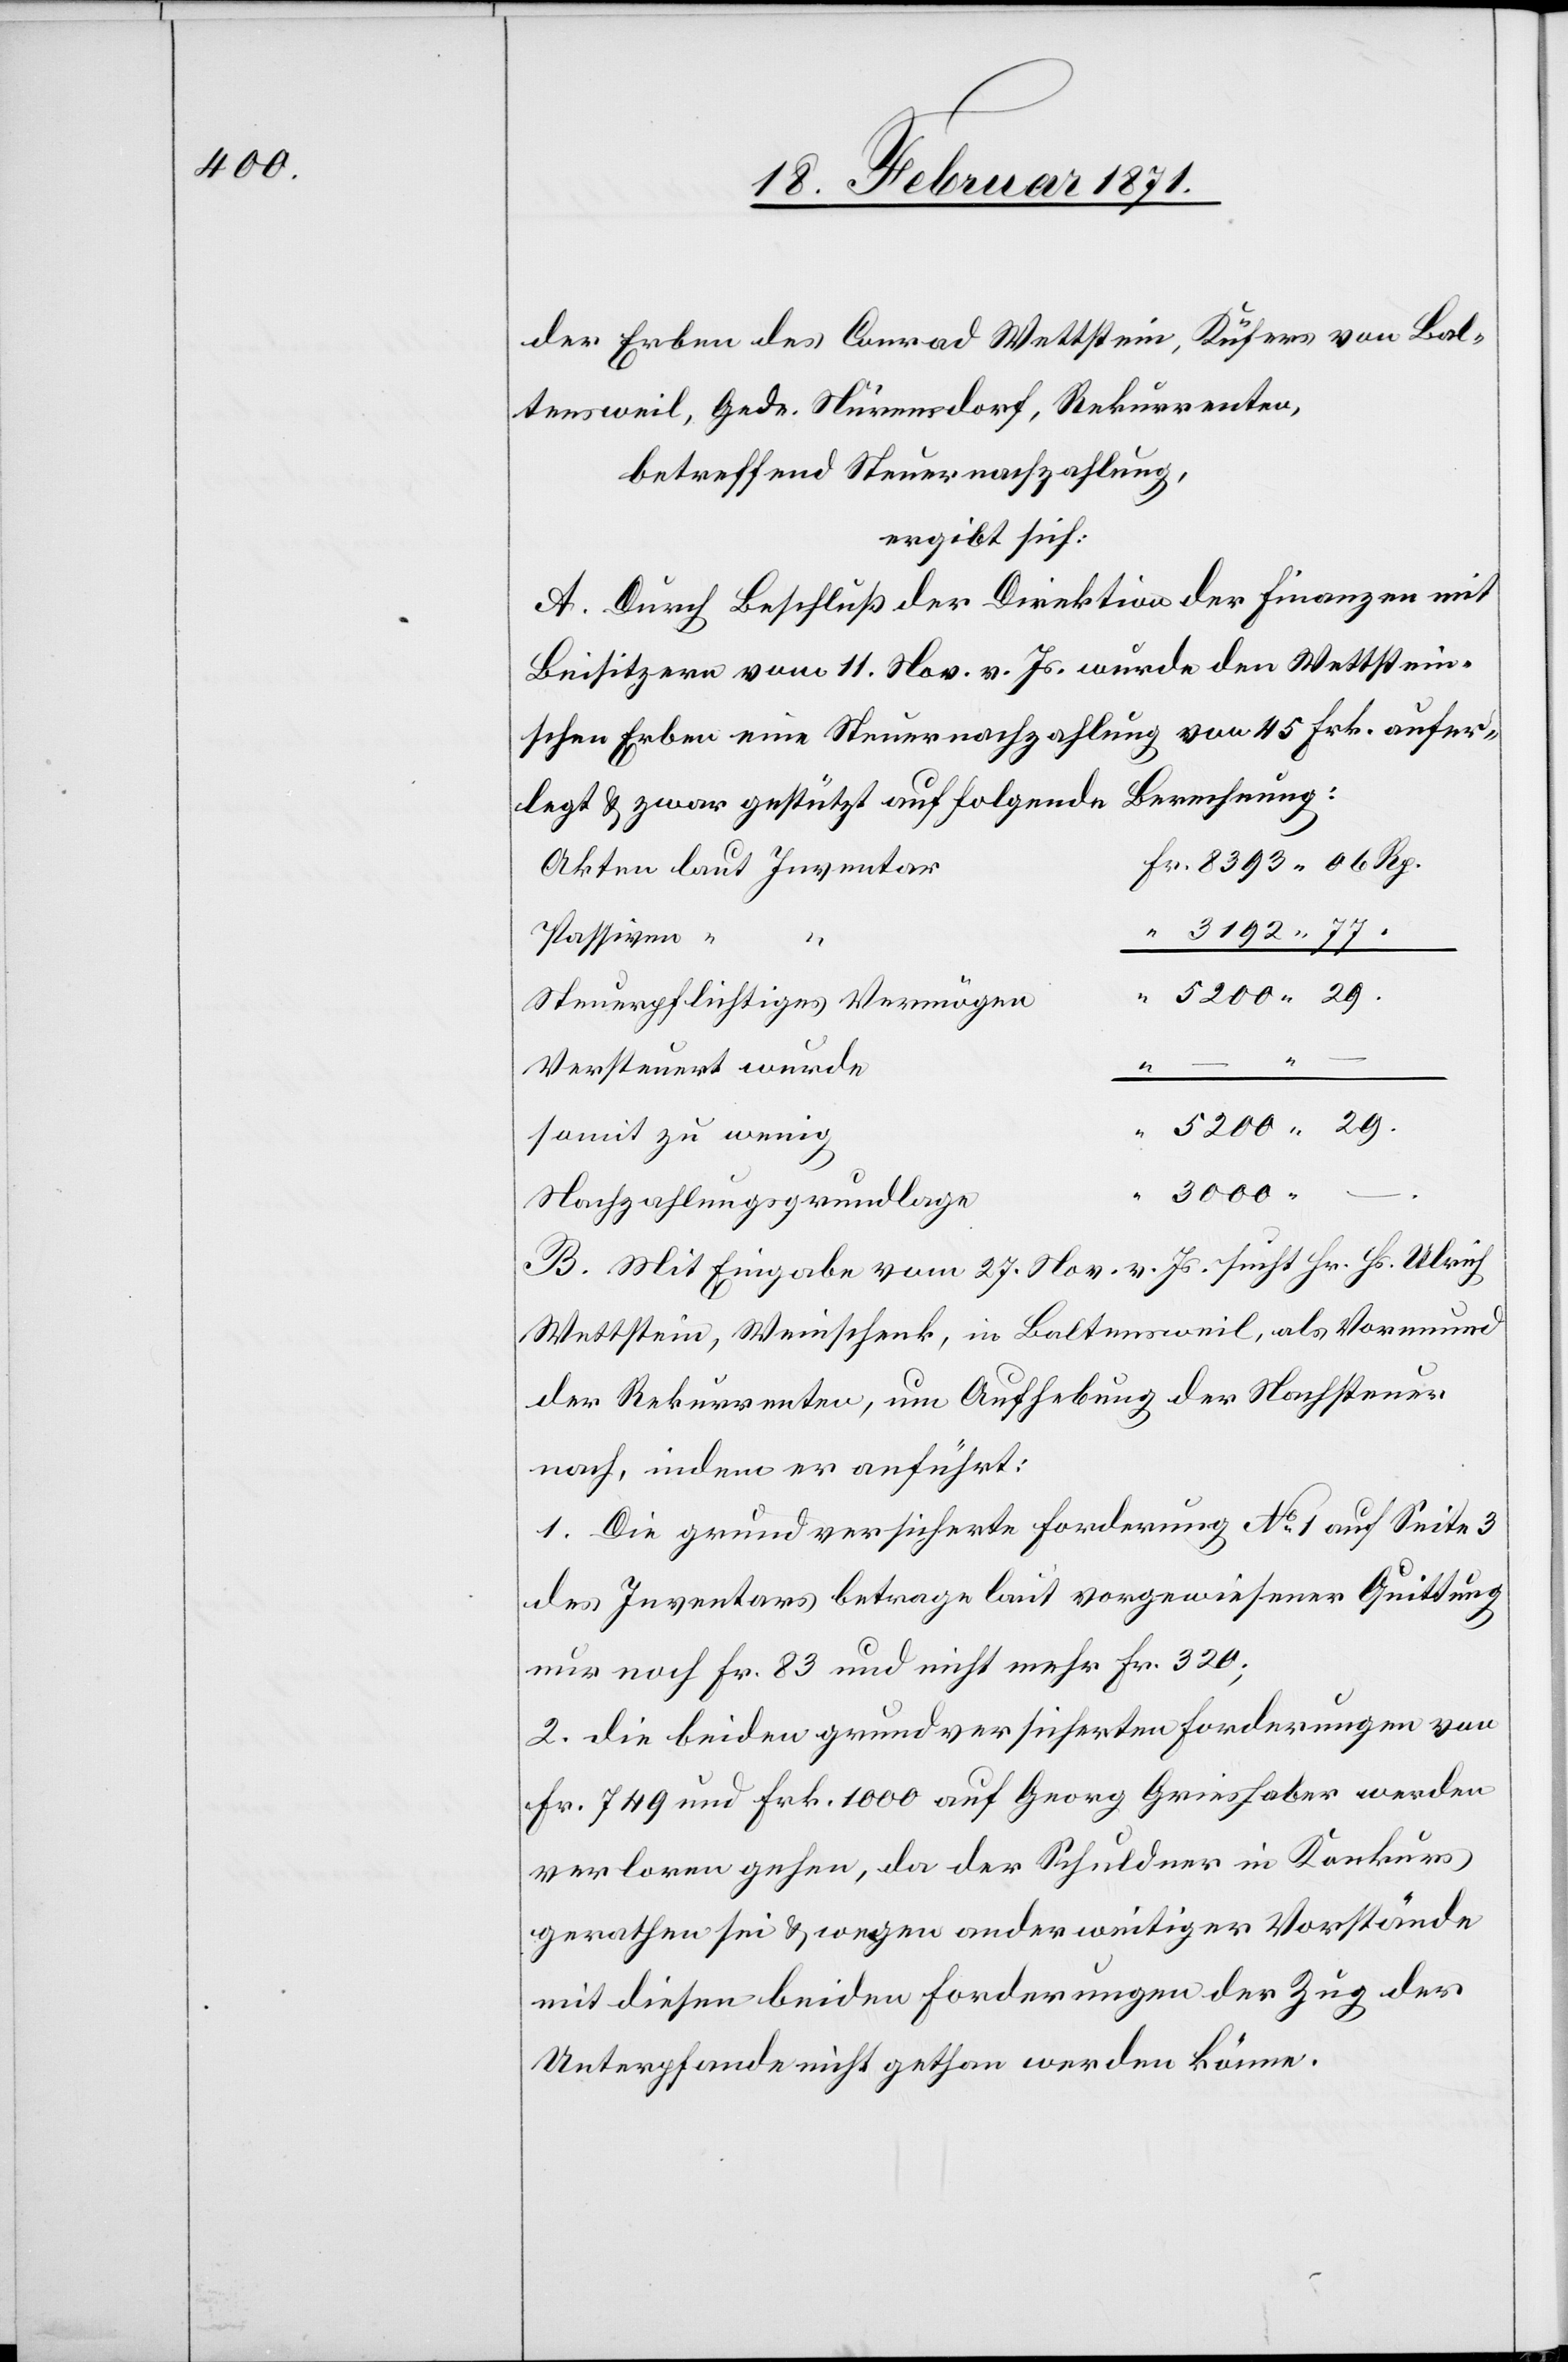
der Erben des Conrad Wettstein, Küfners von Bal¬
tensweil, Gede. Nürensdorf, Rekurrenten,
betreffend Steuernachzahlung,
ergibt sich:
A. Durch Beschluß der Direktion der Finanzen mit
Beisitzern vom 11. Nov. v. Js. wurde den Wettstein¬
schen Erben eine Steuernachzahlung von 45 Frk. aufer¬
legt u. zwar gestützt auf folgende Berechnung:
Akten laut Inventar
3192.77.
Passiven “
Fr.
Steuerpflichtiges Vermögen
.
Versteuert wurde
somit zu wenig
Nachzahlungsgrundlage
B. Mit Eingabe vom 27. Nov. v. Js. sucht Hr. Hs. Ulrich
Wettstein, Weinschenk, in Baltensweil, als Vormund
der Rekurrenten, um Aufhebung der Nachsteuer
nach, indem er anführt:
1. Die grundversicherte Forderung No. 1 auf Seite 3
des Inventars betrage laut vorgewiesener Quittung
nur noch Fr. 83 und nicht mehr Fr. 320;
2. die beiden grundversicherten Forderungen von
Fr. 749 und Frk. 1000 auf Georg Grieshaber werden
verloren gehen, da der Schuldner in Konkurs
gerathen sei u. wegen anderweitiger Vorstände
mit diesen beiden Forderungen der Zug der
Unterpfande nicht gethan werden könne.